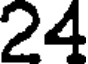
24